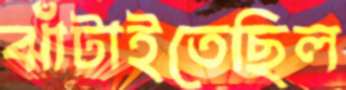
ঝাঁটাইতেছিল